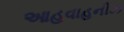
આહવાહનીઝ